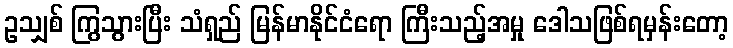
ဥသျှစ် ကြွသွားပြီး သံရှည် မြန်မာနိုင်ငံရော ကြီးသည့်အမှု ဒေါသဖြစ်ရမှန်းတော့